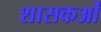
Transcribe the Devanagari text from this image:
शासकओं